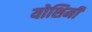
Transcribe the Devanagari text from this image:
योशिमी